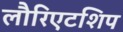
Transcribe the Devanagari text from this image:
लौरिएटशिप